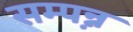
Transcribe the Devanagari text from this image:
सम्पन्ऩ